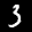
Label: 3